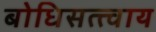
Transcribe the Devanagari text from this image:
बोधिसत्त्वाय